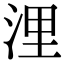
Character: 浬